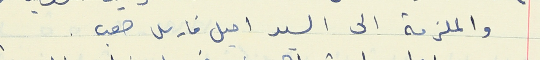
والملزمة الى السعد اميل فارس صعب .